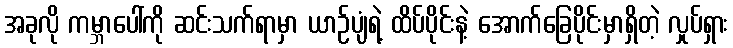
အခုလို ကမ္ဘာပေါ်ကို ဆင်းသက်ရာမှာ ယာဉ်ပျံရဲ့ ထိပ်ပိုင်းနဲ့ အောက်ခြေပိုင်းမှာရှိတဲ့ လှုပ်ရှား